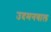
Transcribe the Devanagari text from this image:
उदमनवाल